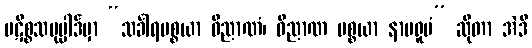
ပဋိစ္စသမုပ္ပါဒ်မှာ “သင်္ခါရပစ္စယာ ဝိညာဏံ၊ ဝိညာဏ ပစ္စယာ နာမရူပံ” ဆိုတာ အဲဒီ